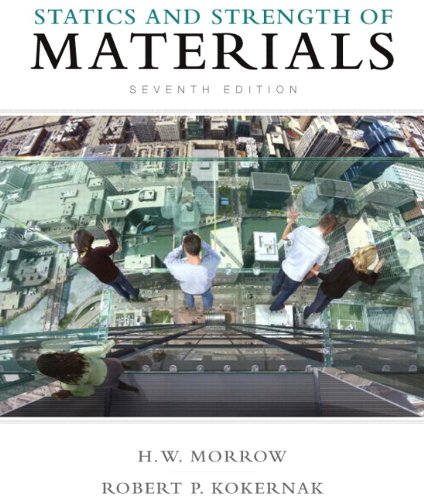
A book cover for Statics and Strength of Materials (7th Edition); Harold I. Morrow; Science & Math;